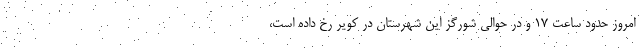
امروز حدود ساعت 17 و در حوالی شورگز این شهرستان در کویر رخ داده است،